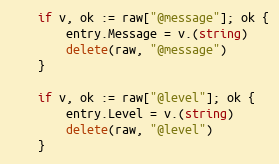
Language: Go
	if v, ok := raw["@message"]; ok {
		entry.Message = v.(string)
		delete(raw, "@message")
	}

	if v, ok := raw["@level"]; ok {
		entry.Level = v.(string)
		delete(raw, "@level")
	}